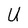
Character: U